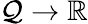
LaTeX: \mathcal{Q}\to\mathbb{{R}}